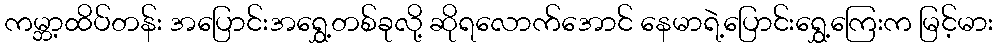
ကမ္ဘာ့ထိပ်တန်း အပြောင်းအရွှေ့တစ်ခုလို့ ဆိုရလောက်အောင် နေမာရဲ့ပြောင်းရွှေ့ကြေးက မြင့်မား